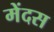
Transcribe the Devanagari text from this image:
मेंदस